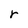
Character: r